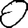
Digit: 0